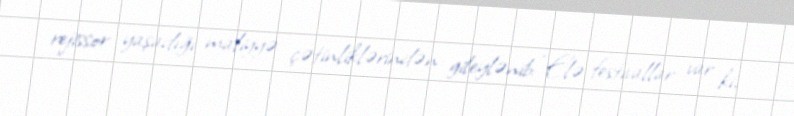
rejissor yaşadığı maliyyə çətinliklərindən gileylənib: “Elə festivallar var ki,